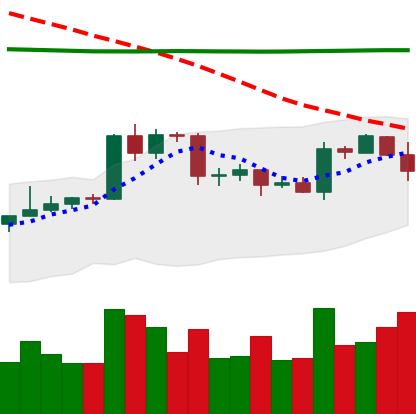
Ticker: EOS-USD
Chart end date: 2020-04-20
Forward return: 7.577%
Label: up_7plus